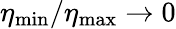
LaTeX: {\eta_{\mathrm{min}}/\eta_{\mathrm{max}}\to 0}